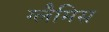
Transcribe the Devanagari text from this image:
ग्लैमिस